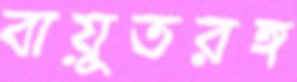
বায়ুতরঙ্গ